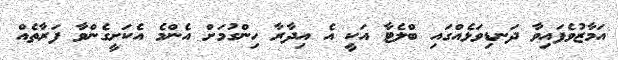
އަމާޒުވެފައިވާ ދަނޑިވަޅެއްގައި ބްލެޓާ އަކީ އެ އިދާރާ ހިންގުމަށް އެންމެ އެކަށީގެންވާ ފަރާތެއް